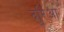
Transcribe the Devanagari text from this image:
दुरिआ